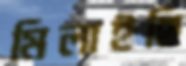
মিলাইছি